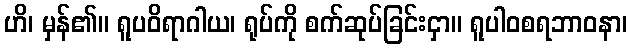
ဟိ၊ မှန်၏။ ရူပဝိရာဂါယ၊ ရုပ်ကို စက်ဆုပ်ခြင်းငှာ။ ရူပါဝစရဘာဝနာ၊